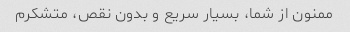
ممنون از شما، بسیار سریع و بدون نقص، متشکرم